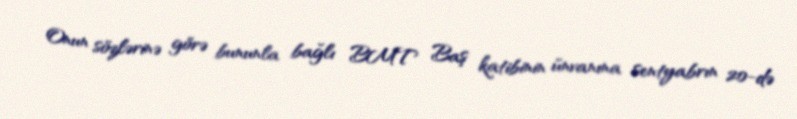
Onun sözlərinə görə bununla bağlı BMT Baş katibinin ünvanına sentyabrın 20-də